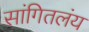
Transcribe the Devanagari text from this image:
सांगितलंय